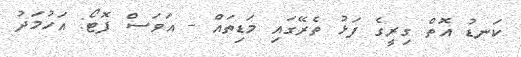
ކަނޑު އޮތް ގިރީގެ ފަޅު ތެރޭގައި މަޑިތައް - އަވަސް ފޮޓޯ: އަހުމަދު